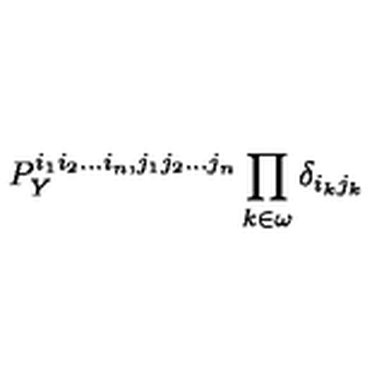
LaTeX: P _ { Y } ^ { i _ { 1 } i _ { 2 } . . . i _ { n } , j _ { 1 } j _ { 2 } . . . j _ { n } } \prod _ { k \in \omega } \delta _ { i _ { k } j _ { k } }